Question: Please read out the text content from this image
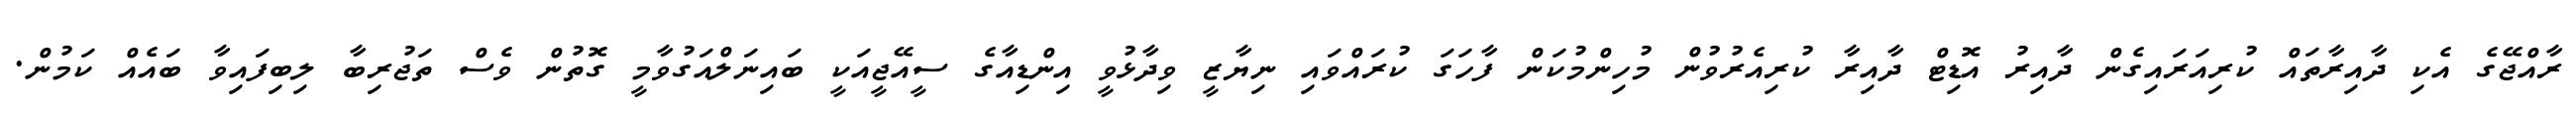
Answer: ރާއްޖޭގެ އެކި ދާއިރާތައް ކުރިއަރައިގެން ދާއިރު އޮޑިޓް ދާއިރާ ކުރިއެރުވުން މުހިންމުކަން ފާހަގަ ކުރައްވައި ނިޔާޒީ ވިދާޅުވީ އިންޑިއާގެ ސީއޭޖީއަކީ ބައިނަލްއަގުވާމީ ގޮތުން ވެސް ތަޖުރިބާ ލިބިފައިވާ ބައެއް ކަމުން.